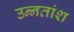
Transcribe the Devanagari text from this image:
उन्‍नतांश